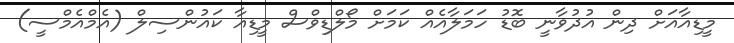
މީޑިއާއަށް ދިން އުދުވާނީ ބޮޑު ހަމަލާއެއް ކަމަށް މޯލްޑިވްސް މީޑިއާ ކައުންސިލް (އެމްއެމްސީ)